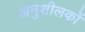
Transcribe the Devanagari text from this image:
अनुशीलकों